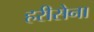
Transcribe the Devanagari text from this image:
हरीसेना